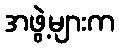
အဖွဲ့များက